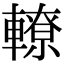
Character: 轑